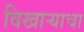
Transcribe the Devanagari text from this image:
विखाऱ्याचा